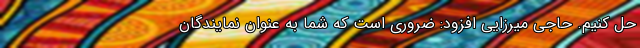
حل کنیم. حاجی میرزایی افزود: ضروری است که شما به عنوان نمایندگان